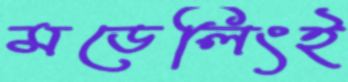
মডেলিংই